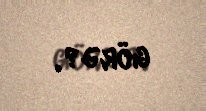
görə?.